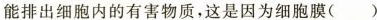
能排出细胞内的有害物质，这是因为细胞膜（）